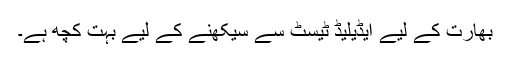
بھارت کے لیے ایڈیلیڈ ٹیسٹ سے سیکھنے کے لیے بہت کچھ ہے۔